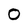
Character: O